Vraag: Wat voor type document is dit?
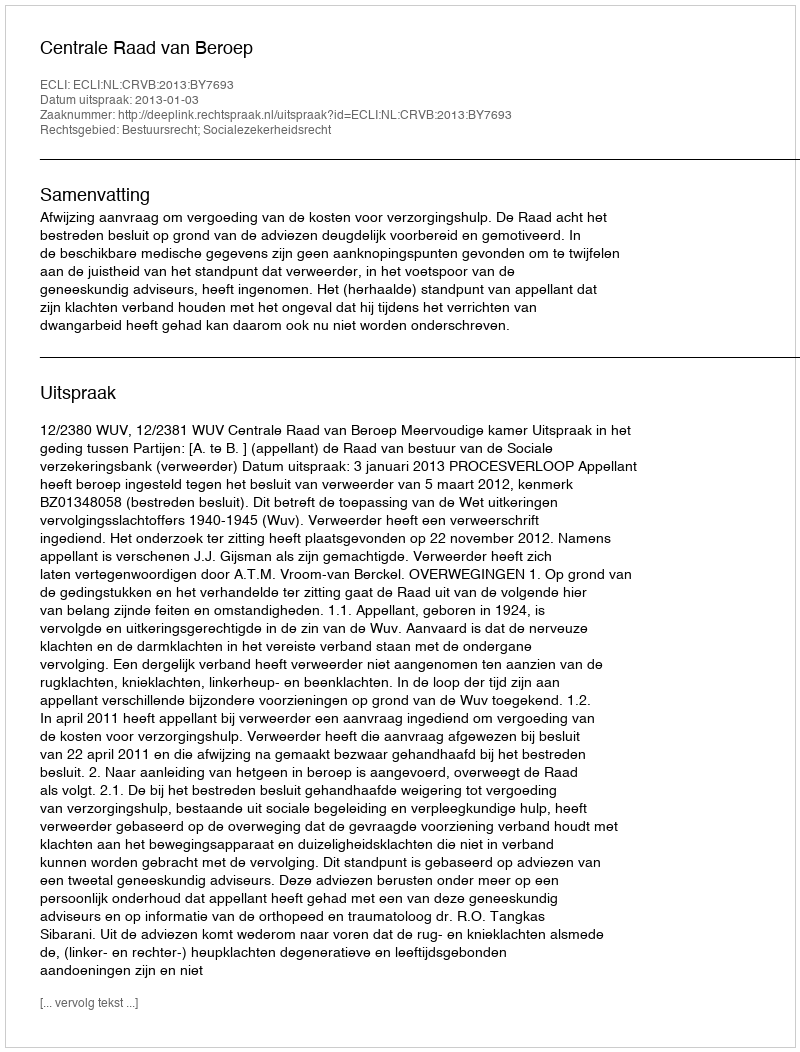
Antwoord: Uitspraak